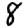
Digit: 8